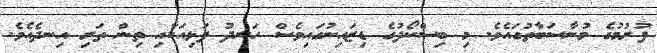
ފުރުމުގެ މުނާސަބާތުގައެވެ. މި ބިސްކޯދުގެ ޑިޒައިނުގައިވެސް ހަނދު ފަޅިއަކާއި ތިން ތަރި އިނދެއެވެ.